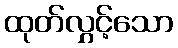
ထုတ်လွှင့်သော